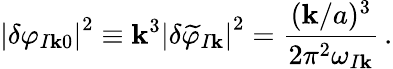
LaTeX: \left|\delta\varphi_{I\mathbf{k}0}\right|^{2}\equiv\mathbf{k}^{3}\left|\delta\widetilde{{\varphi}}_{I\mathbf{k}}\right|^{2}=\frac{{(\mathbf{k}/a)^{3}}}{{2\pi^{2}\omega_{I\mathbf{k}}}}\, .